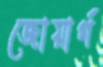
জোয়ার্গ